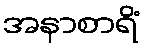
အနာစာရိံ